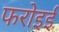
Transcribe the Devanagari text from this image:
फरोइई